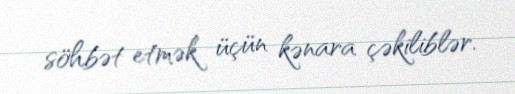
söhbət etmək üçün kənara çəkiliblər.